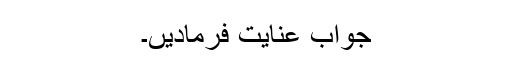
جواب عنایت فرمادیں۔